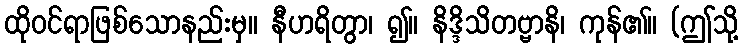
ထိုဝင်ရာဖြစ်သောနည်းမှ။ နီဟရိတွာ၊ ၍။ နိဒ္ဒိသိတဗ္ဗာနိ၊ ကုန်၏။ (ဤသို့